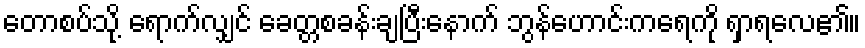
တောစပ်သို့ ရောက်လျှင် ခေတ္တစခန်းချပြီးနောက် ဘွန်ဟောင်းကရေကို ရှာရလေ၏။